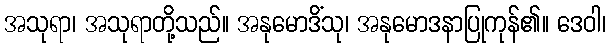
အသုရာ၊ အသုရာတို့သည်။ အနုမောဒိံသု၊ အနုမောဒနာပြုကုန်၏။ ဒေဝါ၊